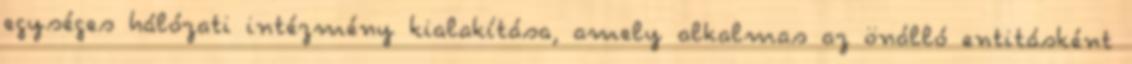
egységes hálózati intézmény kialakítása, amely alkalmas az önálló entitásként